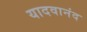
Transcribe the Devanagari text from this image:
यादवानंद